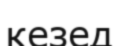
кезед